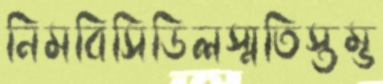
নিমবিসিডিলস্মতিস্তম্ভ